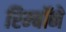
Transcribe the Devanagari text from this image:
रिम्बॉने